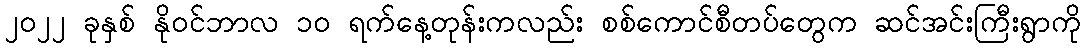
၂၀၂၂ ခုနှစ် နိုဝင်ဘာလ ၁၀ ရက်နေ့တုန်းကလည်း စစ်ကောင်စီတပ်တွေက ဆင်အင်းကြီးရွာကို